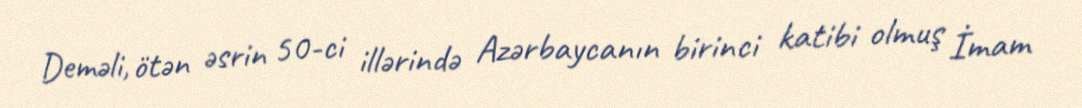
Deməli, ötən əsrin 50-ci illərində Azərbaycanın birinci katibi olmuş İmam